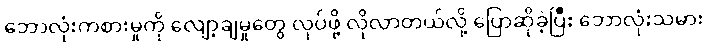
ဘောလုံးကစားမှုကို လျော့ချမှုတွေ လုပ်ဖို့ လိုလာတယ်လို့ ပြောဆိုခဲ့ပြီး ဘောလုံးသမား